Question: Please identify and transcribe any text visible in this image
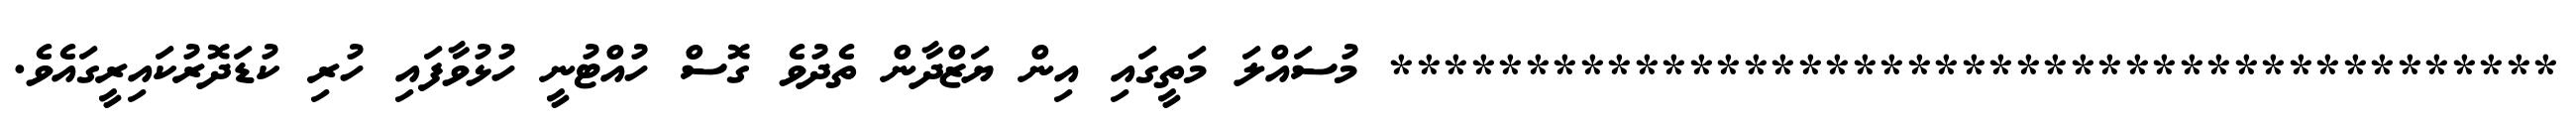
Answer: ******************************************* މުސައްލަ މަތީގައި އިން ޔަޒްދާން ތެދުވެ ގޮސް ހުއްޓުނީ ހުޅުވާފައި ހުރި ކުޑަދޮރުކައިރީގައެވެ.